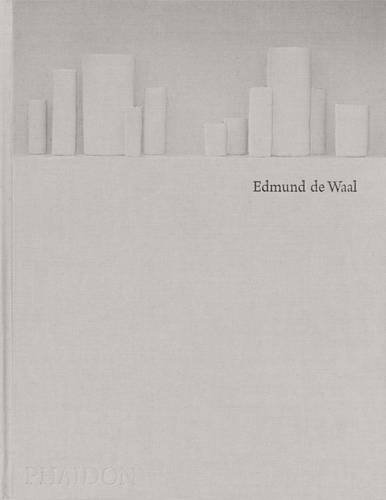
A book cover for Edmund de Waal; Edmund de Waal; Crafts, Hobbies & Home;